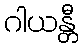
ဂါယန္တီ